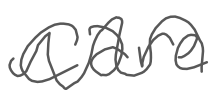
Text: Care
Cross-out: wave
Writing tool: digital_gray